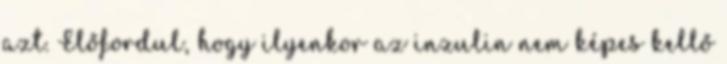
azt. Előfordul, hogy ilyenkor az inzulin nem képes kellő